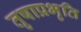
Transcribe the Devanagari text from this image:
तृषाप्रभृति